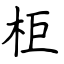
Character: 柜